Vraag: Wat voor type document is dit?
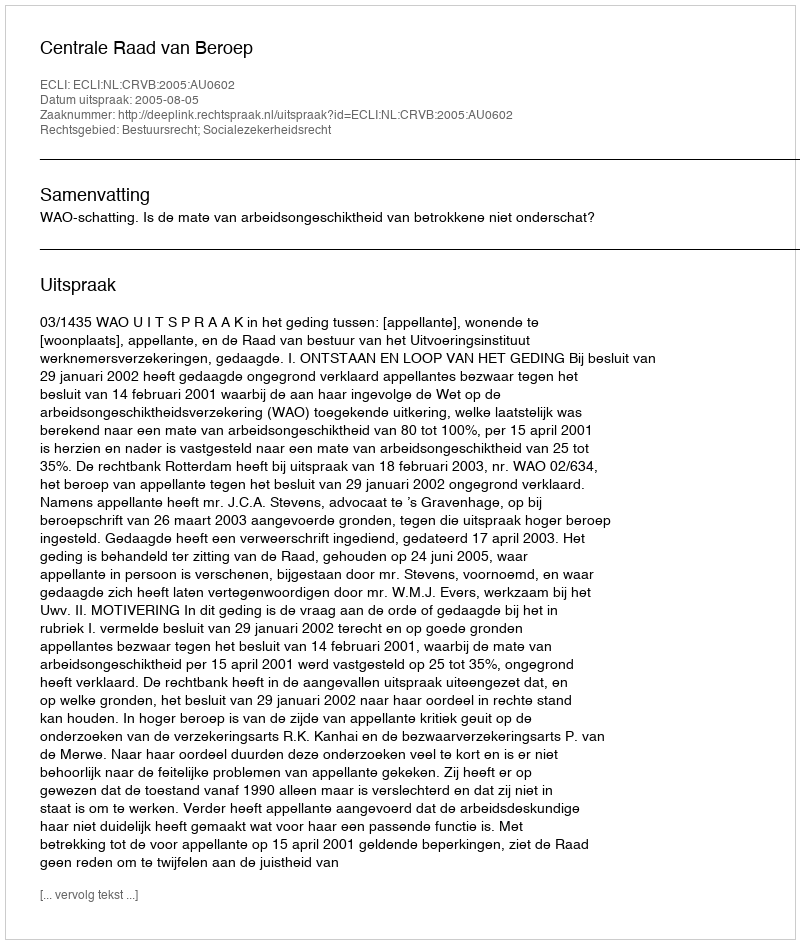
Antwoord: Uitspraak